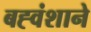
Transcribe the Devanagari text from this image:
बह्वंशाने